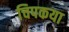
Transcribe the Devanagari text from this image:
चिपकया